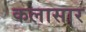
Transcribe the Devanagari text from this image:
कलासार